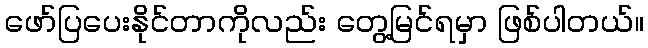
ဖော်ပြပေးနိုင်တာကိုလည်း တွေ့မြင်ရမှာ ဖြစ်ပါတယ်။